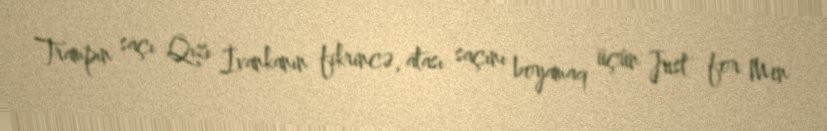
Trampın saçı Qızı İvankanın fikrincə, atası saçını boyamaq üçün Just for Men